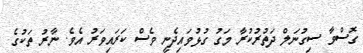
ގޮސްވާ ސިގުނަލް ދަތުރުކުރާ މަގު ގުޅުވައިދެނީ ވެސް ކަރައިވަރު އެވެ. ނާރު ތަކުގެ